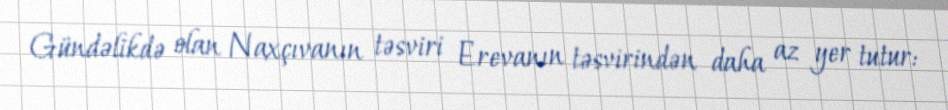
Gündəlikdə olan Naxçıvanın təsviri Erevanın təsvirindən daha az yer tutur: